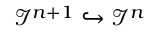
{ \mathcal { I } } ^ { n + 1 } \hookrightarrow { \mathcal { I } } ^ { n }